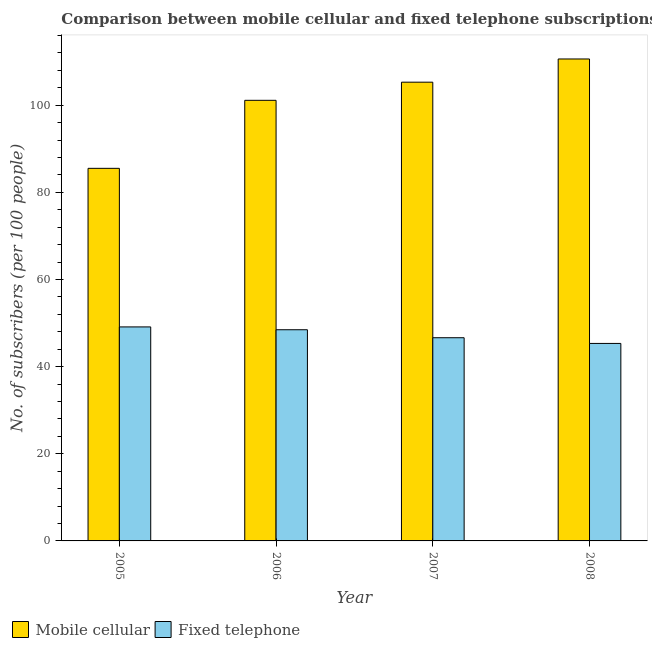
| Year | Mobile cellular | Fixed telephone |
 | --- | --- | --- |
 | 2005 | 85.5 | 49.1 |
 | 2006 | 101 | 48.5 |
 | 2007 | 105 | 46.6 |
 | 2008 | 111 | 45.3 |